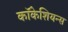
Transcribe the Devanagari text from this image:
कॉकेशियन्स